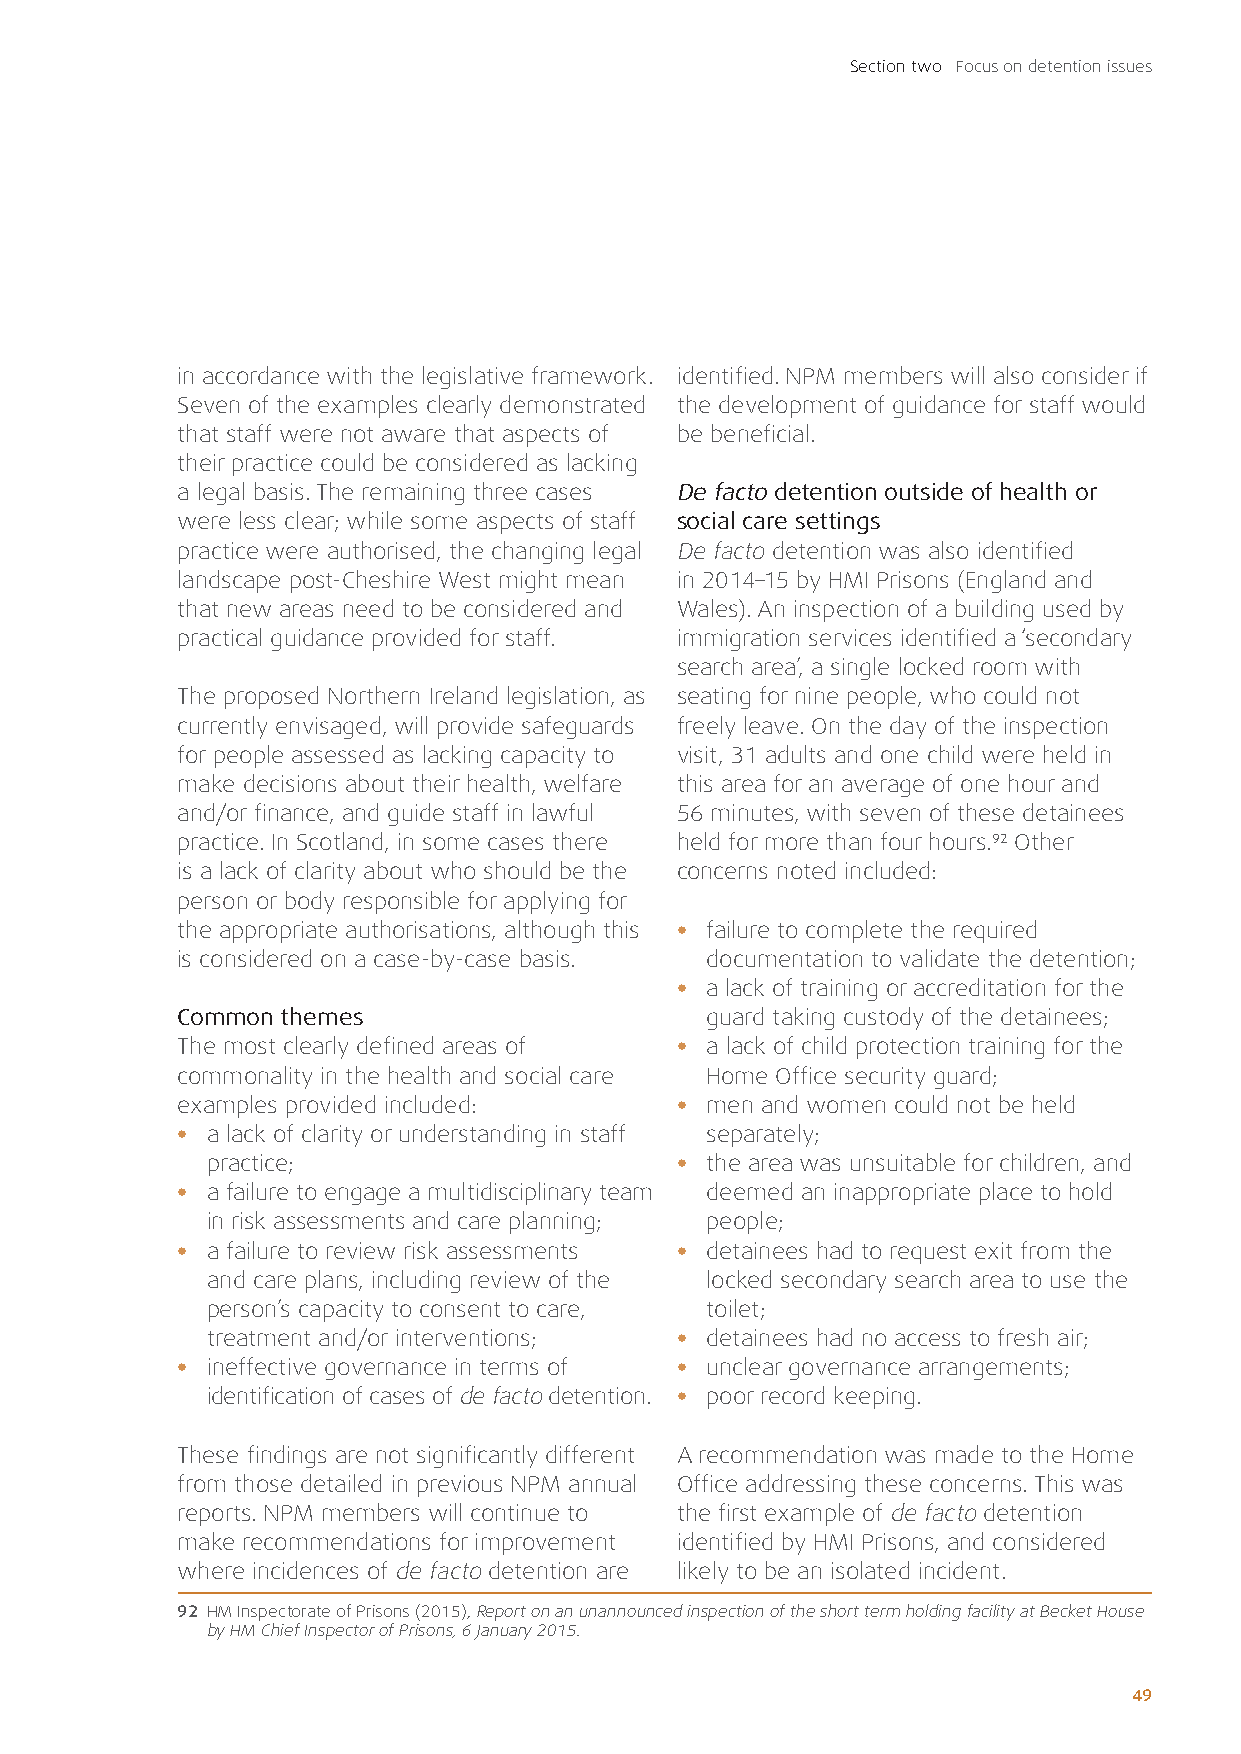
Section two Focus on detention issues
 in accordance with the legislative framework. identified. NPM members will also consider if
 Seven of the examples clearly demonstrated the development of guidance for staff would
 that staff were not aware that aspects of be beneficial.
 their practice could be considered as lacking
 a legal basis. The remaining three cases De facto detention outside of health or
 were less clear; while some aspects of staff social care settings
 practice were authorised, the changing legal De facto detention was also identified
 landscape post-Cheshire West might mean in 2014–15 by HMI Prisons (England and
 that new areas need to be considered and Wales). An inspection of a building used by
 practical guidance provided for staff. immigration services identified a ‘secondary
 search area’, a single locked room with
 The proposed Northern Ireland legislation, as seating for nine people, who could not
 currently envisaged, will provide safeguards freely leave. On the day of the inspection
 for people assessed as lacking capacity to visit, 31 adults and one child were held in
 make decisions about their health, welfare this area for an average of one hour and
 and/or finance, and guide staff in lawful 56 minutes, with seven of these detainees
 practice. In Scotland, in some cases there held for more than four hours.92 Other
 is a lack of clarity about who should be the concerns noted included:
 person or body responsible for applying for
 the appropriate authorisations, although this • failure to complete the required
 is considered on a case-by-case basis. documentation to validate the detention;
 • a lack of training or accreditation for the
 Common themes                      guard taking custody of the detainees;
 The most clearly defined areas of • a lack of child protection training for the
 commonality in the health and social care Home Office security guard;
 examples provided included:      • men and women could not be held
 • a lack of clarity or understanding in staff separately;
 practice;                      • the area was unsuitable for children, and
 • a failure to engage a multidisciplinary team deemed an inappropriate place to hold
 in risk assessments and care planning; people;
 • a failure to review risk assessments • detainees had to request exit from the
 and care plans, including review of the locked secondary search area to use the
 person’s capacity to consent to care, toilet;
 treatment and/or interventions; • detainees had no access to fresh air;
 • ineffective governance in terms of • unclear governance arrangements;
 identification of cases of de facto detention. • poor record keeping.
 These findings are not significantly different A recommendation was made to the Home
 from those detailed in previous NPM annual Office addressing these concerns. This was
 reports. NPM members will continue to the first example of de facto detention
 make recommendations for improvement identified by HMI Prisons, and considered
 where incidences of de facto detention are likely to be an isolated incident.
 92 HM Inspectorate of Prisons (2015), Report on an unannounced inspection of the short term holding facility at Becket House
 by HM Chief Inspector of Prisons, 6 January 2015.
 49